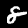
Digit: 8